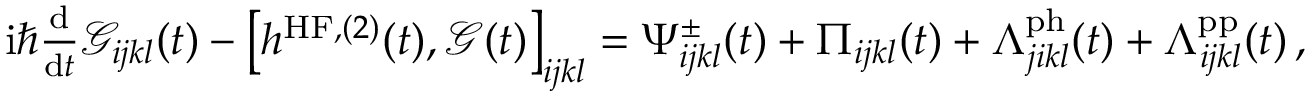
\begin{array} { r } { \mathrm { i } \hbar \frac { \mathrm { d } } { \mathrm { d } t } \mathcal { G } _ { i j k l } ( t ) - \left[ h ^ { \mathrm { H F } , ( 2 ) } ( t ) , \mathcal { G } ( t ) \right] _ { i j k l } = \Psi _ { i j k l } ^ { \pm } ( t ) + \Pi _ { i j k l } ( t ) + \Lambda _ { j i k l } ^ { \mathrm { p h } } ( t ) + \Lambda _ { i j k l } ^ { \mathrm { p p } } ( t ) \, , } \end{array}